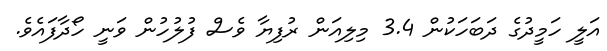
އަލީ ހަމީދުގެ ދަބަހަކުން 3.4 މިލިއަން ރުފިޔާ ވެސް ފުލުހުން ވަނީ ހޯދާފައެވެ.